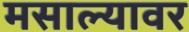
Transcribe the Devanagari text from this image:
मसाल्यावर